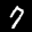
Label: 7